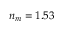
n _ { m } = 1 . 5 3